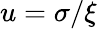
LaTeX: u=\sigma/\xi